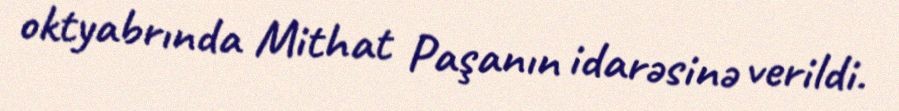
oktyabrında Mithat Paşanın idarəsinə verildi.